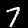
Label: 7